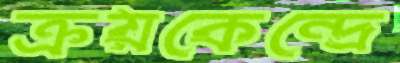
ক্রয়কেন্দ্রে